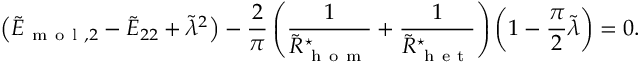
\left( \tilde { E } _ { \mathrm { ~ m ~ o ~ l ~ } , 2 } - \tilde { E } _ { 2 2 } + \tilde { \lambda } ^ { 2 } \right) - \frac { 2 } { \pi } \left( \frac { 1 } { \tilde { R } _ { \mathrm { ~ h ~ o ~ m ~ } } ^ { \star } } + \frac { 1 } { \tilde { R } _ { \mathrm { ~ h ~ e ~ t ~ } } ^ { \star } } \right) \left( 1 - \frac { \pi } { 2 } \tilde { \lambda } \right) = 0 .